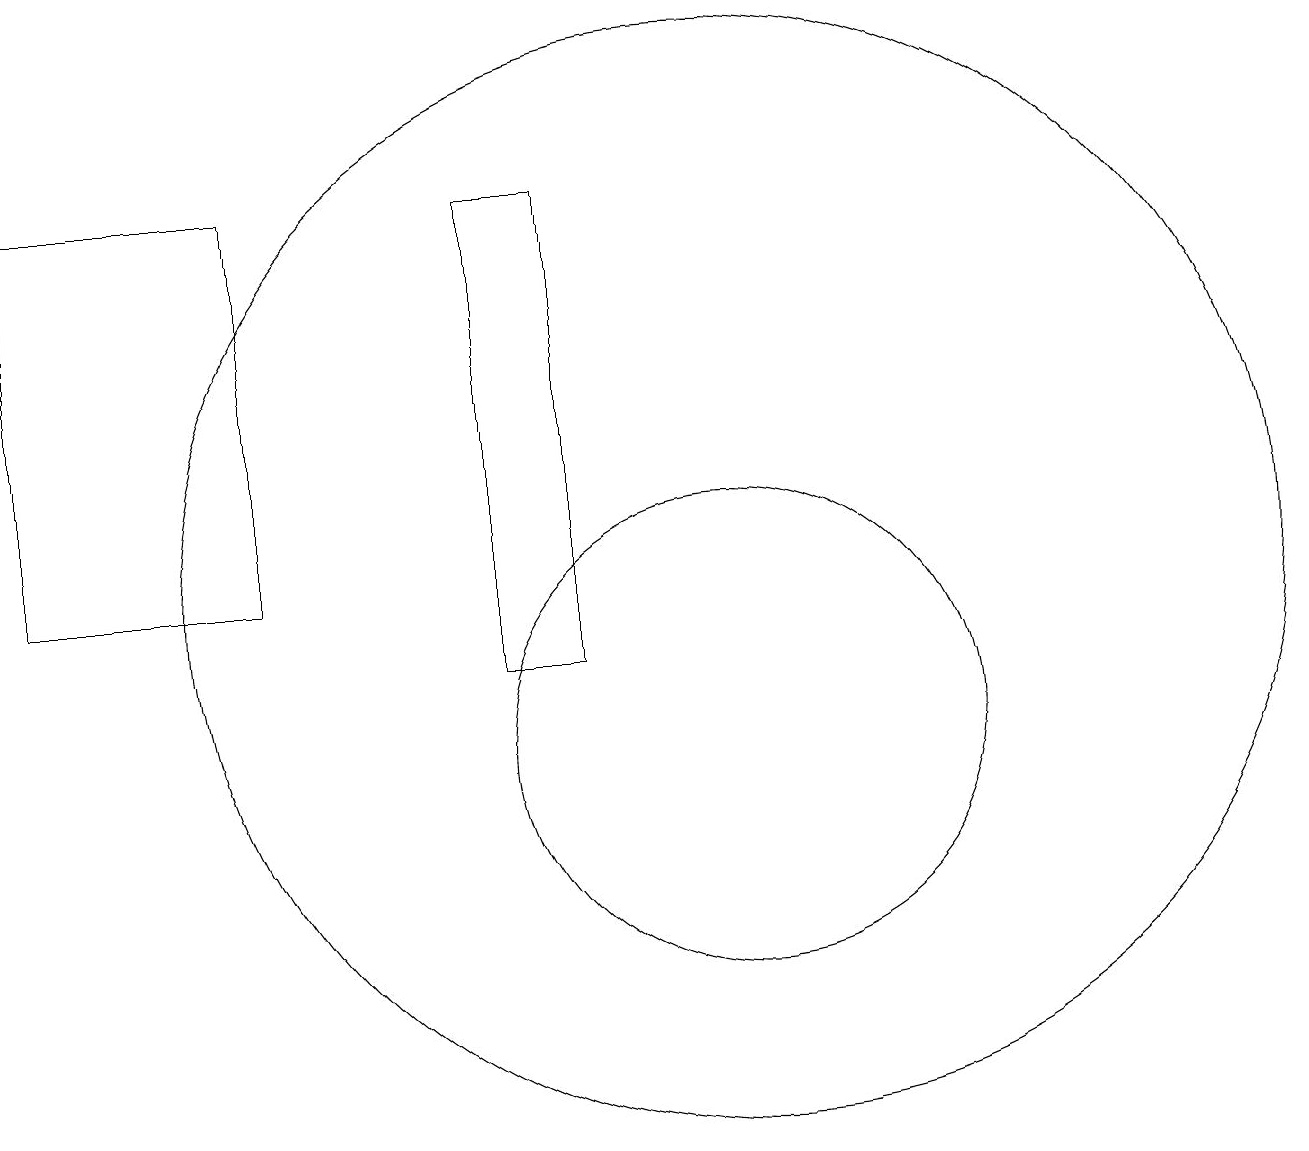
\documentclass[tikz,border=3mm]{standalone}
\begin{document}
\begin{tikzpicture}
\draw (11,10) circle (3);
\draw (2,17) rectangle (5,12);
\draw (11,12) circle (7);
\draw (9,11) rectangle (8,17);
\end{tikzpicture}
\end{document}